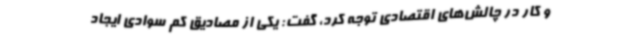
و کار در چالش‌های اقتصادی توجه کرد، گفت: یکی از مصادیق کم سوادی ایجاد